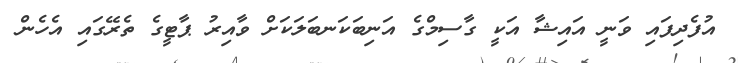
އުފެދިފައި ވަނީ އައިޝާ އަކީ ގާސިމްގެ އަނިބަކަނބަލަކަށް ވާއިރު ޕާޓީގެ ތެރޭގައި އެހެން